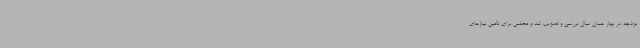
بودجه در بهار همان سال بررسی و تصویب شد و مجلس برای تأمین نیازهای